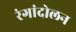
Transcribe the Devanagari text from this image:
रंगांदोलन